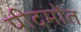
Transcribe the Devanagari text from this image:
पीदमोंत